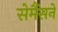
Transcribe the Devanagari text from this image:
सेमैंसने